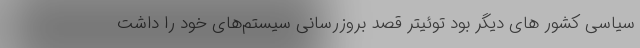
سیاسی کشور های دیگر بود توئیتر قصد بروزرسانی سیستم‌های خود را داشت